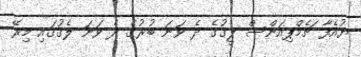
ޔުއެފާ ޗެމްޕިއަންސް ލީގުގެ ދެ ވަނަ ބުރުގެ ދެ ވަނަ ލެގުގައި މިރޭ